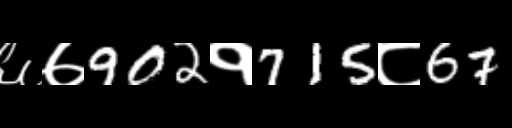
Text: ६७902१715८67